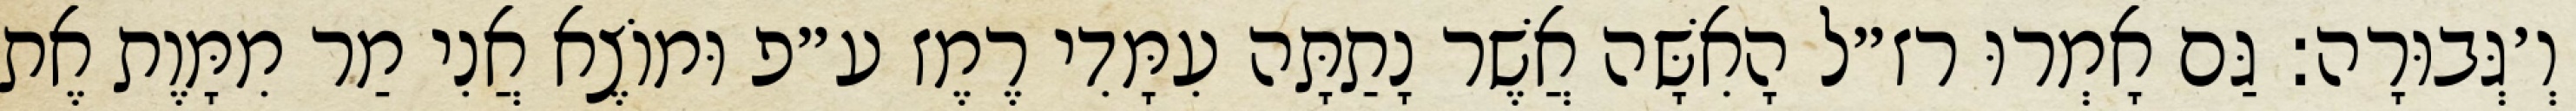
וְ׳גְּבוּרָה: גַּם אָמְרוּ רז״ל הָאִשָּׁה אֲשֶׁר נָתַתָּה עִמָּדִי רֶמֶז ע״פ וּמוֹצֶא אֲנִי מַר מִמָּוֶת אֶת